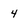
Character: 4